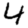
Digit: 4